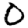
Digit: 0